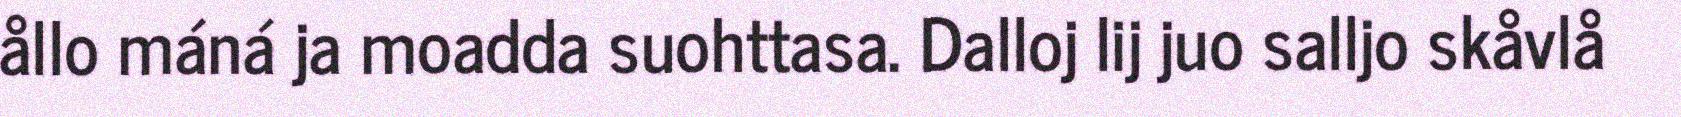
ållo máná ja moadda suohttasa. Dalloj lij juo salljo skåvlå